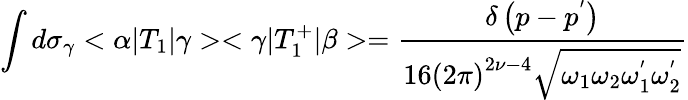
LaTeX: \int d{\sigma}_{\gamma}<\alpha|T_{1}|\gamma><\gamma|T_{1}^{+}|\beta>=\frac{\delta\left(p-p^{'}\right)}{16\left(2\pi\right)^{2\nu-4}\sqrt{{\omega}_{1}{\omega}_{2}{\omega}_{1}^{'}{\omega}_{2}^{'}}}